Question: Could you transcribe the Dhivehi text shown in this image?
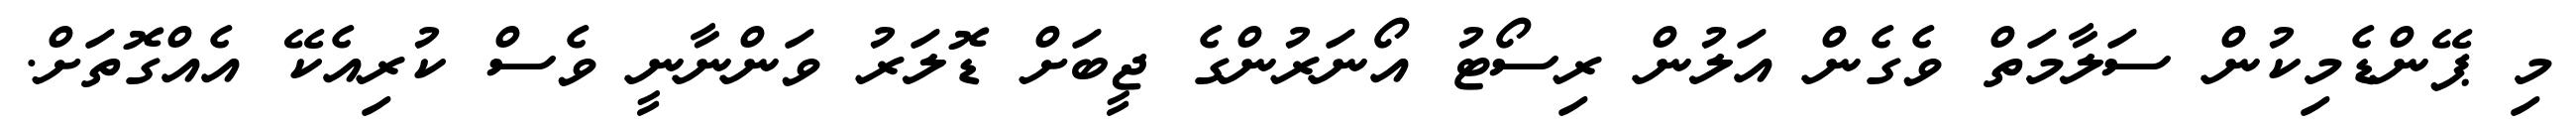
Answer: މި ޕޭންޑެމިކުން ސަލާމަތް ވެގެން އަލުން ރިސޯޓު އޯނަރުންގެ ޖީބަށް ޑޮލަރު ވަންނާނީ ވެސް ކުރިއެކޭ އެއްގޮތަށް.